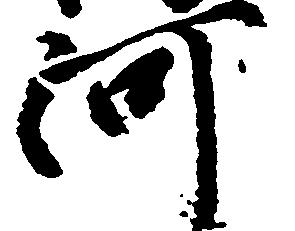
河